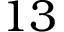
1 3